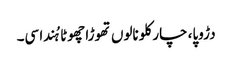
دڑوپا، چار کلو نالوں تھوڑا چھوٹا ہُندا سی۔